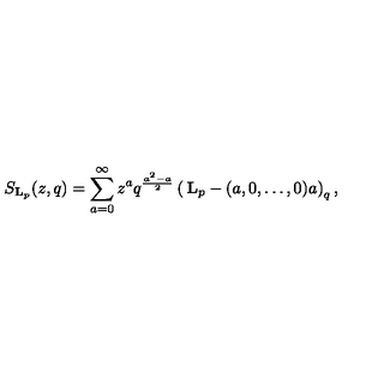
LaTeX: S _ { \mathbf { L } _ { p } } ( z , q ) = \sum _ { a = 0 } ^ { \infty } z ^ { a } q ^ { \frac { a ^ { 2 } - a } { 2 } } \left( \begin{matrix} { { \mathbf { L } _ { p } - ( a , 0 , \dots , 0 ) } } \\ { a } \\ \end{matrix} \right) _ { q } ,